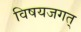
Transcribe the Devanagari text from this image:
विषयजगत्